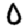
Digit: 0